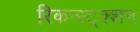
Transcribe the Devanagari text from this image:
रिकन्स्ट्रक्शन